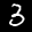
Label: 3